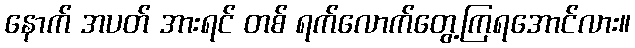
နောက် အပတ် အားရင် တစ် ရက်လောက်တွေ့ကြရအောင်လား။